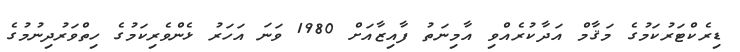
ޑިރެކްޓަރުކަމުގެ މަޤާމް އަދާކުރެއްވި އާމިނަތު ފާއިޒާއަށް 1980 ވަނަ އަހަރު ޅެންވެރިކަމުގެ ހިތްވަރުދިނުމުގެ